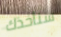
سنأخذك